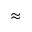
\approx